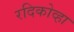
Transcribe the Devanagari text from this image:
रदिकोव्हा